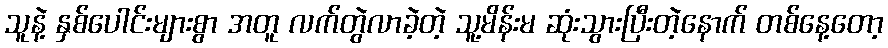
သူနဲ့ နှစ်ပေါင်းများစွာ အတူ လက်တွဲလာခဲ့တဲ့ သူ့မိန်းမ ဆုံးသွားပြီးတဲ့နောက် တစ်နေ့တော့